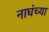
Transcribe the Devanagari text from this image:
नाघंच्या